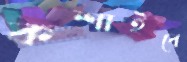
কশাইবে